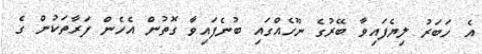
އެ ހަބަރު ލިޔެފައިވާ ބޭރުގެ ނޫހެއްގައި ބުނެފައިވާ ގޮތުން އެހެން ފަރާތަކުން ގެ